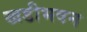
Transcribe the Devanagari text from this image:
खडीभवन